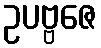
ဥပဗ္ဗဇေ